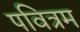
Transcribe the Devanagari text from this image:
पवित्रम